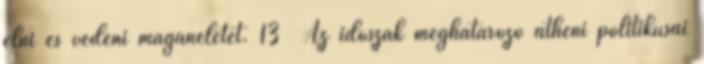
élni és védeni magánéletét. 13 Az időszak meghatározó athéni politikusai